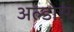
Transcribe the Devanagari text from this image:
अल्डोस